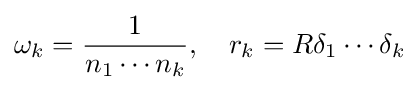
\omega _{k}={\frac {1}{n_{1}\cdots n_{k}}},\quad r_{k}=R\delta _{1}\cdots \delta _{k}